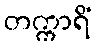
တက္ကာရိံ